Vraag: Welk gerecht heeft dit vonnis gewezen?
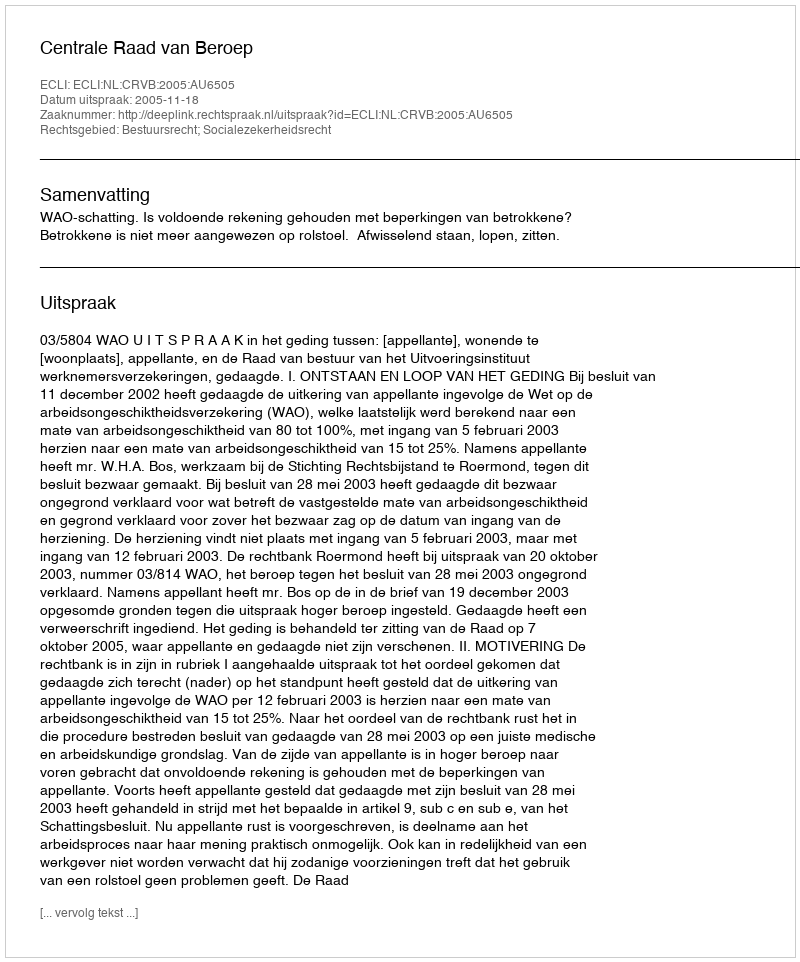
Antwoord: Centrale Raad van Beroep